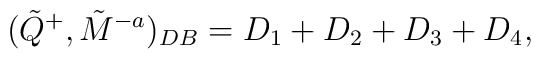
(\tilde{Q}^{+},\tilde{M}^{-a})_{DB}     =D_{1}+D_{2}+D_{3}+D_{4},